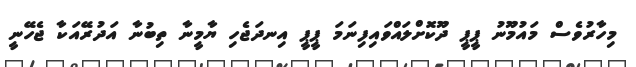
މިހާރުވެސް މައުމޫނު ޕީޕީ ދޫކޮށްލައްވައިފިނަމަ ޕީޕީ އިނދަޖެހި ޔާމީނާ ތިބުނާ އަދުރޭއަކާ ޖެހޭނީ